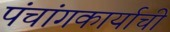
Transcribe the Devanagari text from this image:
पंचांगकार्याची